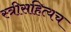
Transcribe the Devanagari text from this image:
स्त्रीसहित्यच